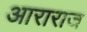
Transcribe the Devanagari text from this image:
आराराज